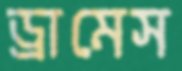
ড্রামেস